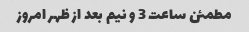
مطمئن ساعت 3 و نیم بعد از ظهر امروز